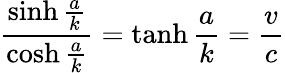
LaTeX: {\frac{\sinh{\frac{a}{k}}}{\cosh{\frac{a}{k}}}}=\operatorname{tanh}{\frac{a}{k}}={\frac{v}{c}}